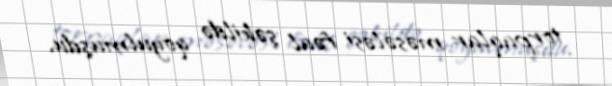
torpaqlar məsələsi fəal şəkildə qoyulmuşdu.